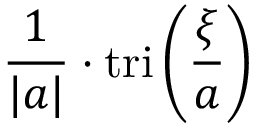
{ \frac { 1 } { | a | } } \cdot \operatorname { t r i } \left( { \frac { \xi } { a } } \right)